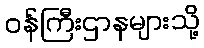
ဝန်ကြီးဌာနများသို့